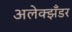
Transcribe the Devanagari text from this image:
अलेक्झँडर